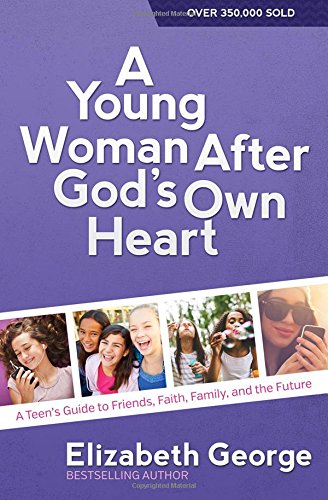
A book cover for A Young Woman After God's Own Heart: A Teen's Guide to Friends, Faith, Family, and the Future; Elizabeth George; Teen & Young Adult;